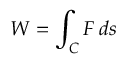
W = \int _ { C } F \, d s